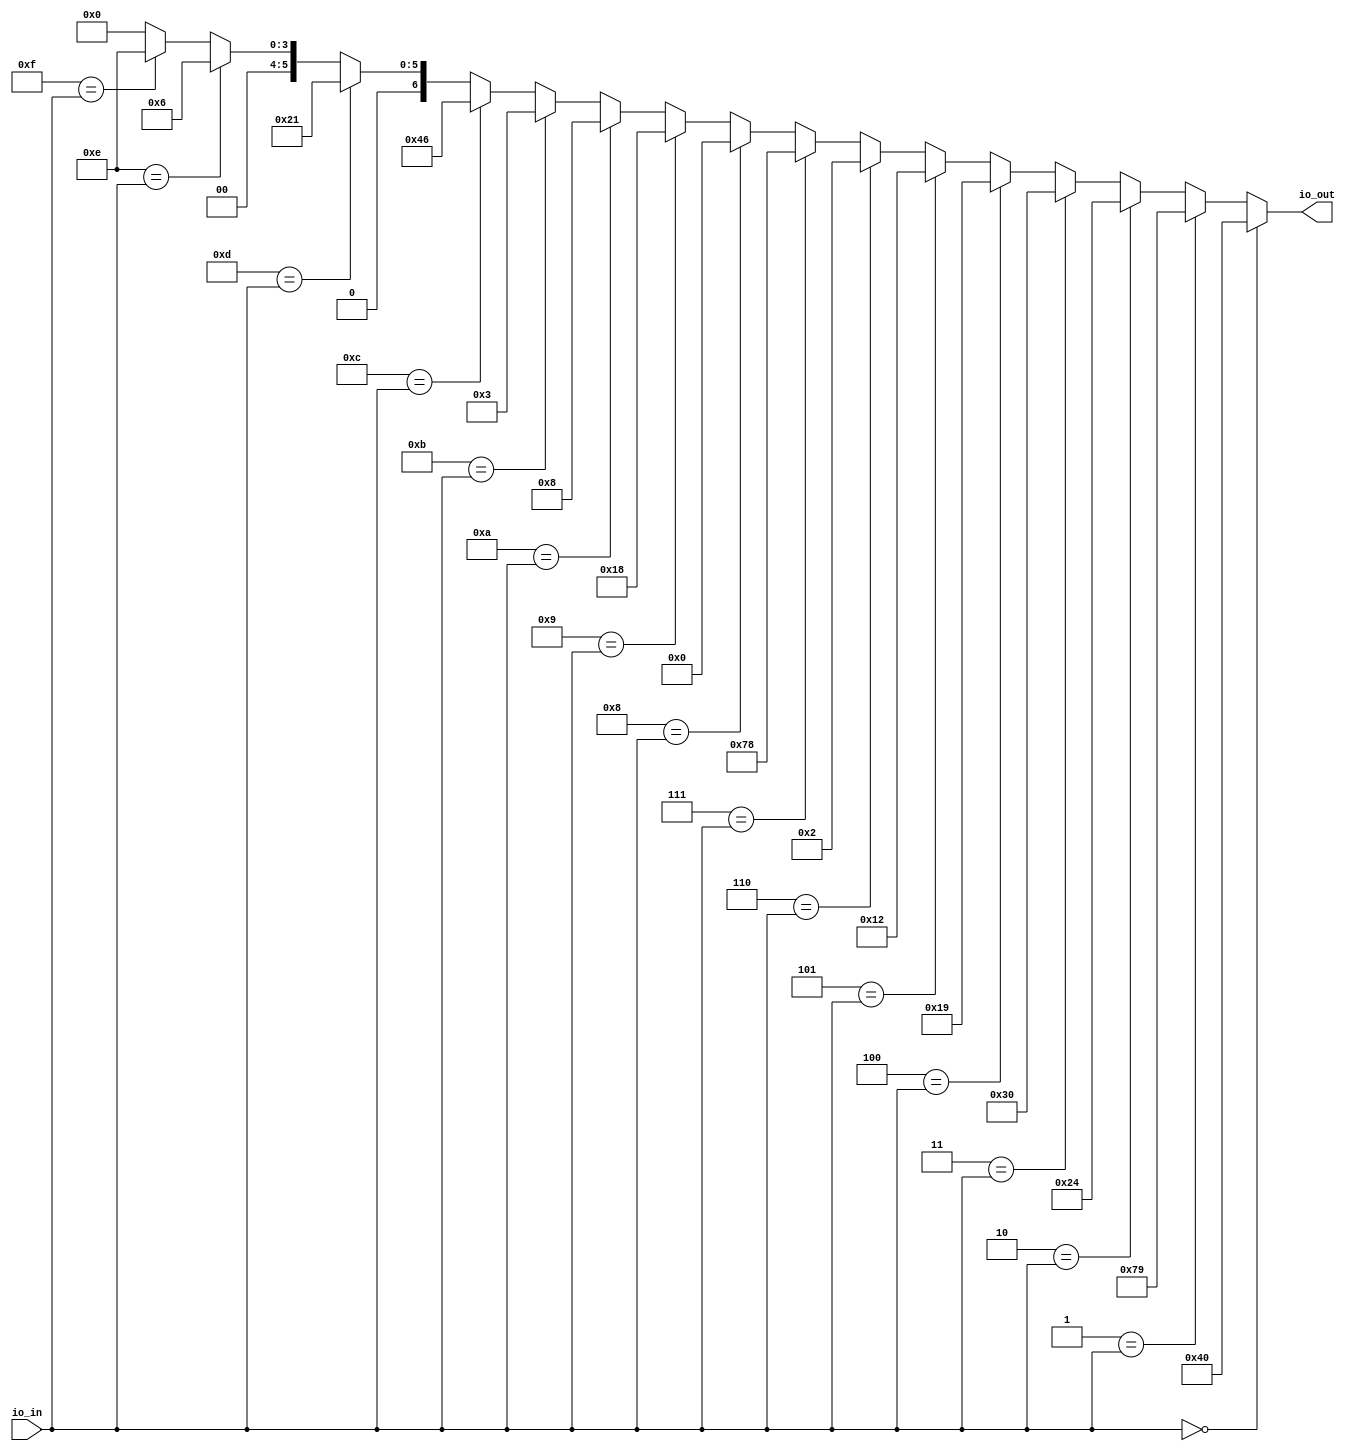
module hex_to_7seg(
  output [6:0] io_out,
  input  [3:0] io_in
);
  wire  _T = 4'h0 == io_in; // @[Conditional.scala 37:30]
  wire  _T_1 = 4'h1 == io_in; // @[Conditional.scala 37:30]
  wire  _T_2 = 4'h2 == io_in; // @[Conditional.scala 37:30]
  wire  _T_3 = 4'h3 == io_in; // @[Conditional.scala 37:30]
  wire  _T_4 = 4'h4 == io_in; // @[Conditional.scala 37:30]
  wire  _T_5 = 4'h5 == io_in; // @[Conditional.scala 37:30]
  wire  _T_6 = 4'h6 == io_in; // @[Conditional.scala 37:30]
  wire  _T_7 = 4'h7 == io_in; // @[Conditional.scala 37:30]
  wire  _T_8 = 4'h8 == io_in; // @[Conditional.scala 37:30]
  wire  _T_9 = 4'h9 == io_in; // @[Conditional.scala 37:30]
  wire  _T_10 = 4'ha == io_in; // @[Conditional.scala 37:30]
  wire  _T_11 = 4'hb == io_in; // @[Conditional.scala 37:30]
  wire  _T_12 = 4'hc == io_in; // @[Conditional.scala 37:30]
  wire  _T_13 = 4'hd == io_in; // @[Conditional.scala 37:30]
  wire  _T_14 = 4'he == io_in; // @[Conditional.scala 37:30]
  wire  _T_15 = 4'hf == io_in; // @[Conditional.scala 37:30]
  wire [3:0] _GEN_0 = _T_15 ? 4'he : 4'h0; // @[Conditional.scala 39:67 hex_to_7seg.scala 65:16 hex_to_7seg.scala 14:9]
  wire [3:0] _GEN_1 = _T_14 ? 4'h6 : _GEN_0; // @[Conditional.scala 39:67 hex_to_7seg.scala 62:16]
  wire [5:0] _GEN_2 = _T_13 ? 6'h21 : {{2'd0}, _GEN_1}; // @[Conditional.scala 39:67 hex_to_7seg.scala 59:16]
  wire [6:0] _GEN_3 = _T_12 ? 7'h46 : {{1'd0}, _GEN_2}; // @[Conditional.scala 39:67 hex_to_7seg.scala 56:16]
  wire [6:0] _GEN_4 = _T_11 ? 7'h3 : _GEN_3; // @[Conditional.scala 39:67 hex_to_7seg.scala 52:16]
  wire [6:0] _GEN_5 = _T_10 ? 7'h8 : _GEN_4; // @[Conditional.scala 39:67 hex_to_7seg.scala 49:16]
  wire [6:0] _GEN_6 = _T_9 ? 7'h18 : _GEN_5; // @[Conditional.scala 39:67 hex_to_7seg.scala 45:16]
  wire [6:0] _GEN_7 = _T_8 ? 7'h0 : _GEN_6; // @[Conditional.scala 39:67 hex_to_7seg.scala 42:16]
  wire [6:0] _GEN_8 = _T_7 ? 7'h78 : _GEN_7; // @[Conditional.scala 39:67 hex_to_7seg.scala 39:17]
  wire [6:0] _GEN_9 = _T_6 ? 7'h2 : _GEN_8; // @[Conditional.scala 39:67 hex_to_7seg.scala 36:17]
  wire [6:0] _GEN_10 = _T_5 ? 7'h12 : _GEN_9; // @[Conditional.scala 39:67 hex_to_7seg.scala 33:17]
  wire [6:0] _GEN_11 = _T_4 ? 7'h19 : _GEN_10; // @[Conditional.scala 39:67 hex_to_7seg.scala 30:17]
  wire [6:0] _GEN_12 = _T_3 ? 7'h30 : _GEN_11; // @[Conditional.scala 39:67 hex_to_7seg.scala 27:17]
  wire [6:0] _GEN_13 = _T_2 ? 7'h24 : _GEN_12; // @[Conditional.scala 39:67 hex_to_7seg.scala 24:17]
  wire [6:0] _GEN_14 = _T_1 ? 7'h79 : _GEN_13; // @[Conditional.scala 39:67 hex_to_7seg.scala 21:17]
  assign io_out = _T ? 7'h40 : _GEN_14; // @[Conditional.scala 40:58 hex_to_7seg.scala 18:17]
endmodule
//module hex_to_7seg    (out,in);
//
//	output	[6:0] out;//active low
//   input [3:0] in;
//	reg	[6:0] out;//make out a variable value
//	always @ (*)
//		case (in)
//		4'h0: out = 7'b1000000;
//		4'h1: out = 7'b1111001;
//		4'h2: out = 7'b0100100;
//		4'h3: out = 7'b0110000;
//		4'h4: out = 7'b0011001;
//		4'h5: out = 7'b0010010;
//		4'h6: out = 7'b0000010;
//		4'h7: out = 7'b1111000;
//		4'h8: out = 7'b0000000;
//		4'h9: out = 7'b0011000;
//		4'ha: out = 7'b0001000;
//		4'hb: out = 7'b0000011;
//		4'hc: out = 7'b1000110;
//		4'hd: out = 7'b0100001;
//		4'he: out = 7'b0000110;
//		4'hf: out = 7'b0001110;
//		endcase
//endmodule